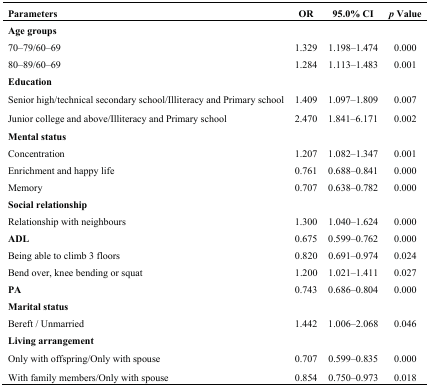
<table><thead><tr><td><b>Parameters</b></td><td><b>OR</b></td><td><b>95.0% CI</b></td><td><b><i>p</i> Value</b></td></tr></thead><tbody><tr><td><b>Age groups</b></td><td></td><td></td><td></td></tr><tr><td>70–79/60–69</td><td>1.329 </td><td>1.198–1.474</td><td>0.000 </td></tr><tr><td>80–89/60–69</td><td>1.284 </td><td>1.113–1.483</td><td>0.001 </td></tr><tr><td><b>Education</b></td><td></td><td></td><td></td></tr><tr><td>Senior high/technical secondary school/Illiteracy and Primary school </td><td>1.409 </td><td>1.097–1.809</td><td>0.007 </td></tr><tr><td>Junior college and above/Illiteracy and Primary school</td><td>2.470 </td><td>1.841–6.171</td><td>0.002 </td></tr><tr><td><b>Mental status</b></td><td></td><td></td><td></td></tr><tr><td>Concentration </td><td>1.207 </td><td>1.082–1.347</td><td>0.001 </td></tr><tr><td>Enrichment and happy life</td><td>0.761 </td><td>0.688–0.841</td><td>0.000 </td></tr><tr><td>Memory</td><td>0.707 </td><td>0.638–0.782</td><td>0.000 </td></tr><tr><td><b>Social relationship</b></td><td></td><td></td><td></td></tr><tr><td>Relationship with neighbours</td><td>1.300 </td><td>1.040–1.624</td><td>0.000 </td></tr><tr><td><b>ADL</b></td><td>0.675 </td><td>0.599–0.762</td><td>0.000 </td></tr><tr><td>Being able to climb 3 floors </td><td>0.820 </td><td>0.691–0.974</td><td>0.024 </td></tr><tr><td>Bend over, knee bending or squat</td><td>1.200 </td><td>1.021–1.411</td><td>0.027 </td></tr><tr><td><b>PA</b></td><td>0.743 </td><td>0.686–0.804</td><td>0.000 </td></tr><tr><td><b>Marital status</b></td><td></td><td></td><td></td></tr><tr><td>Bereft / Unmarried</td><td>1.442 </td><td>1.006–2.068</td><td>0.046 </td></tr><tr><td><b>Living arrangement</b></td><td></td><td></td><td></td></tr><tr><td>Only with offspring/Only with spouse</td><td>0.707 </td><td>0.599–0.835</td><td>0.000 </td></tr><tr><td>With family members/Only with spouse</td><td>0.854 </td><td>0.750–0.973</td><td>0.018 </td></tr></tbody></table>